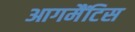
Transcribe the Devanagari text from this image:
आगमैंटिस